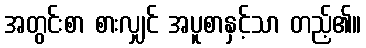
အတွင်းစာ စားလျှင် အပူစာနှင့်သာ တည့်၏။